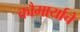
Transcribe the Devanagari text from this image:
कौमार्याचे